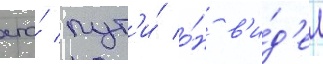
его́ пут'и́ о́н в'и́д'ел